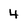
Character: 4